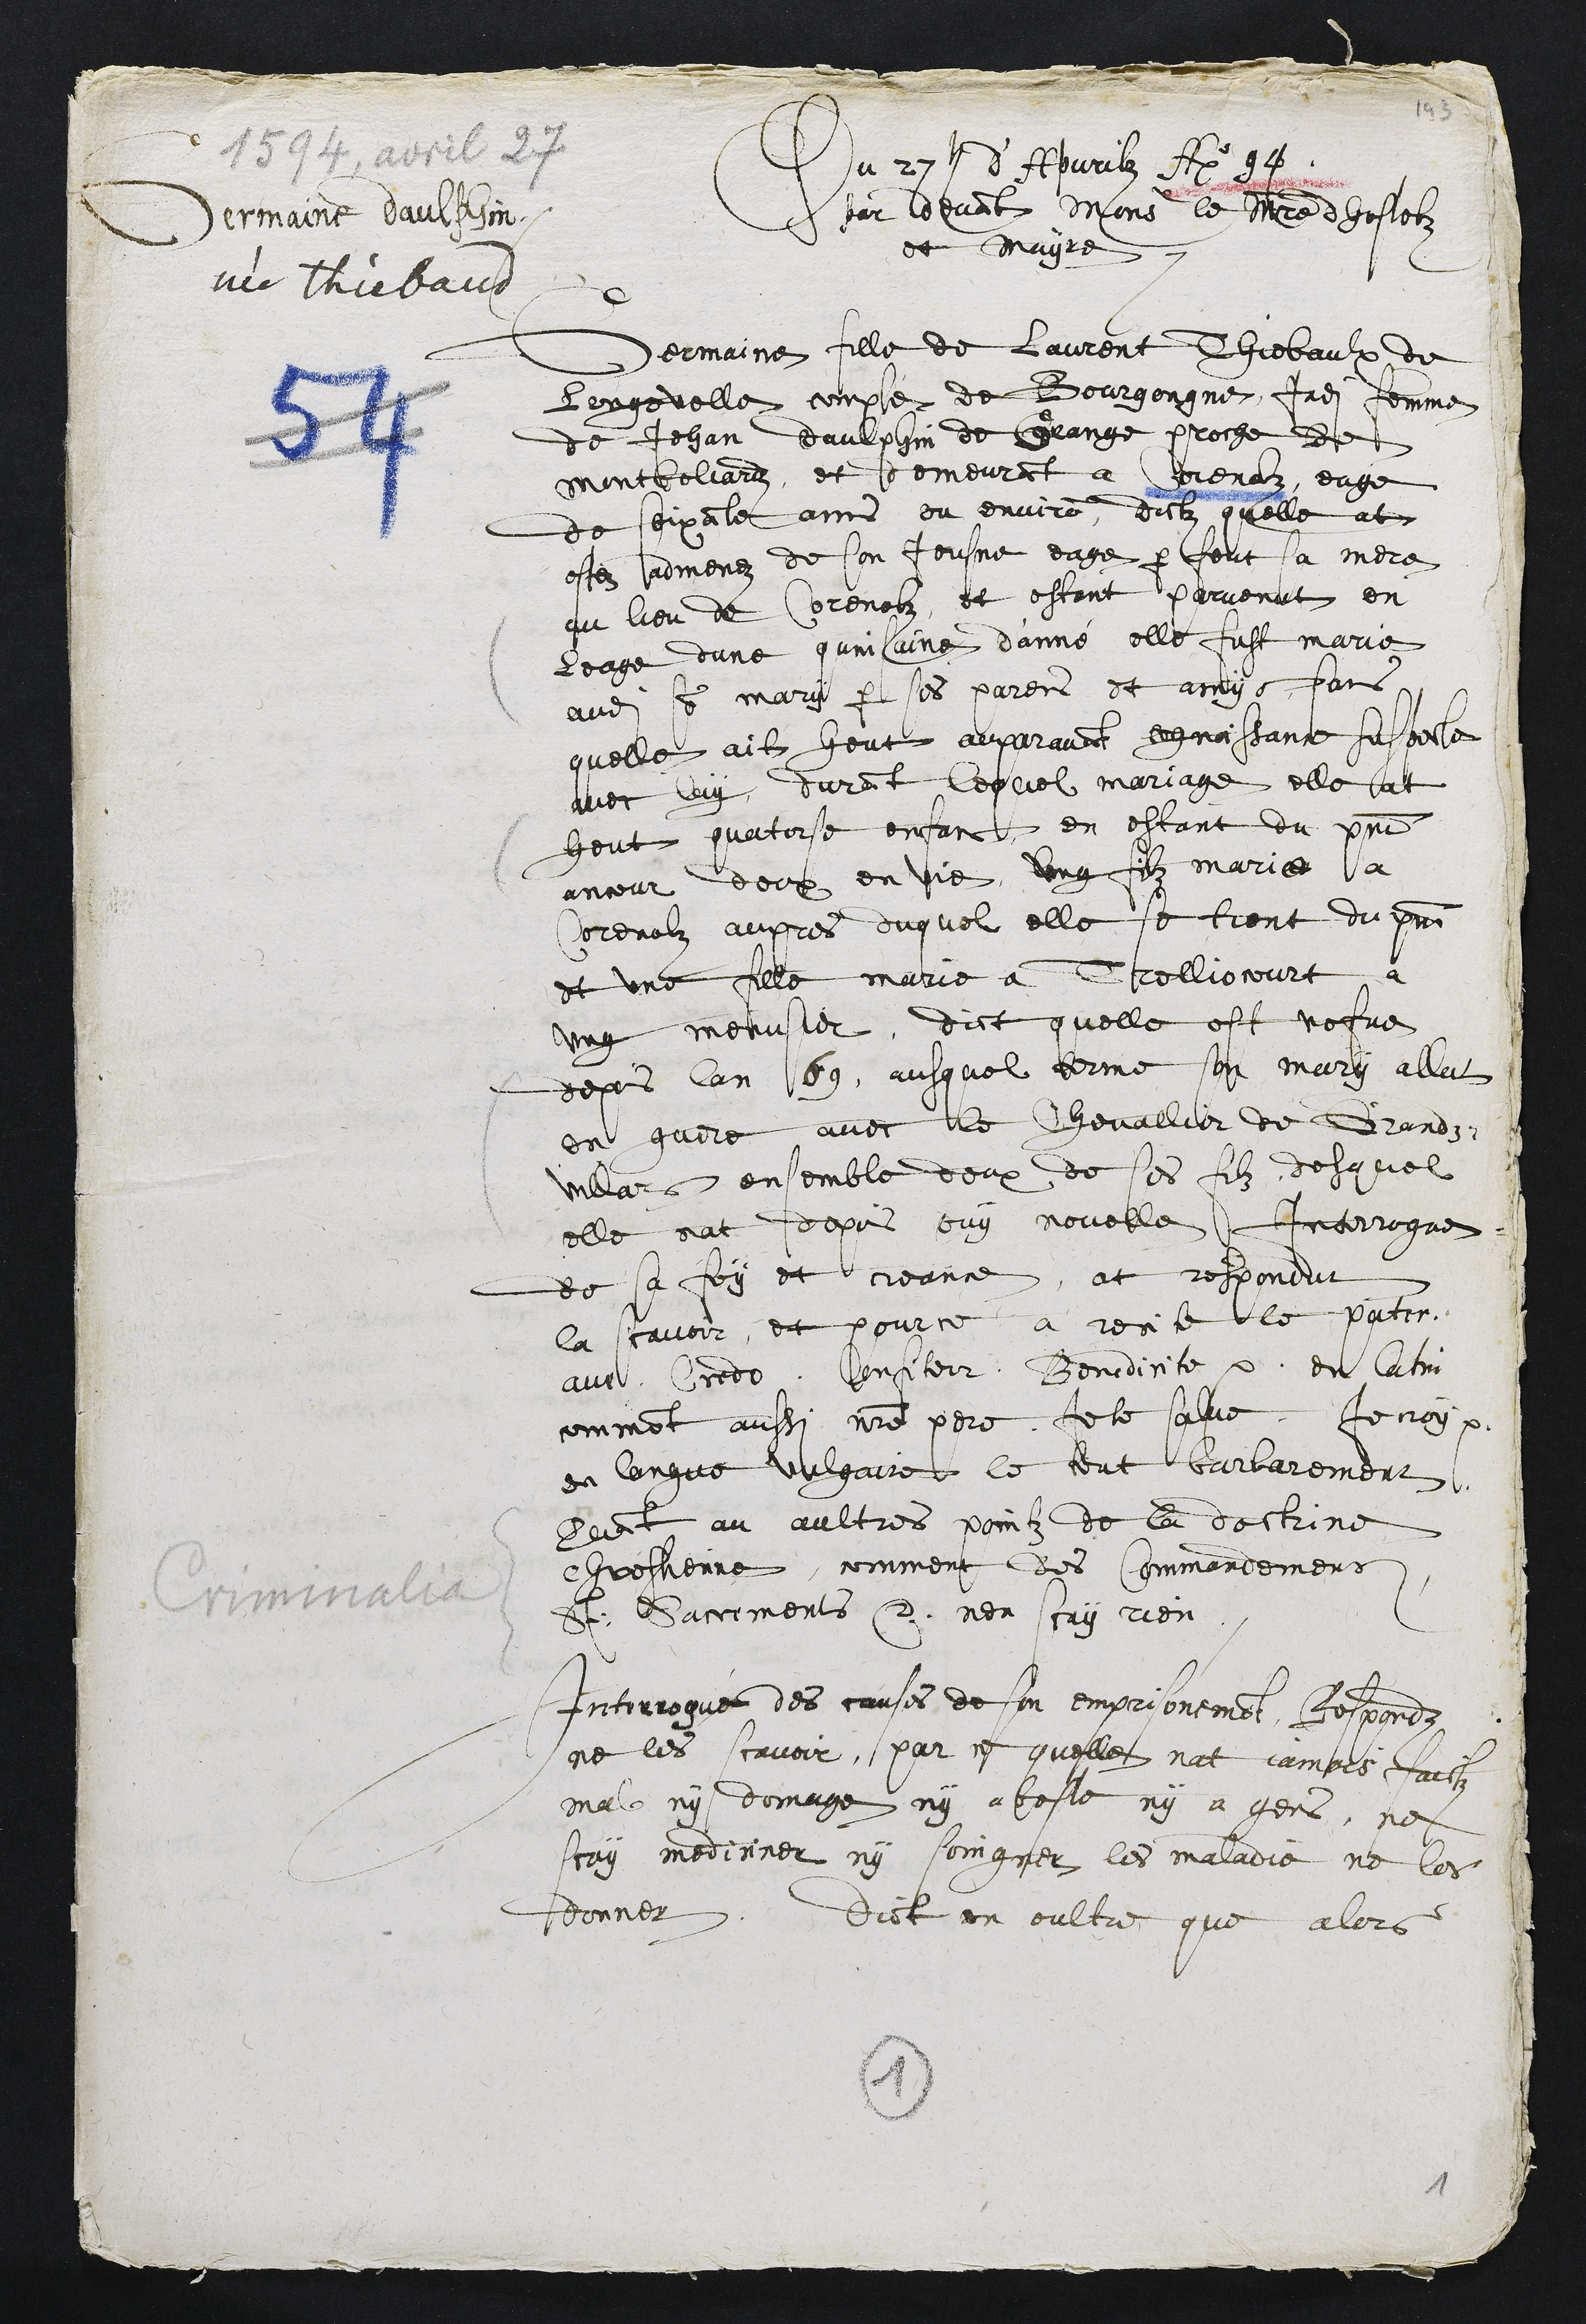
Germaine daulphin
née Thiebaud
Du 27. d'Apvrilz Ao 94.
par devant Monsr le maistre dhostelz
et mayre.
Germaine fille de Laurent Thiebaulx de
Longevelle compté de Bourgongne, jadi femme
de Jehan daulphin de Grange proche de
Montbeliardz, et demeurant a Corenolz, eage
de soixante ans ou environ, dictz quelle at
estez admenez de son Jousne eage par feut sa mere
ou lieu de Corenolz, et estant parvenut en
leage dune quinsaine d'anné elle fust marie
audit son mary par ses parens et amys fans
quelle ait heut auparavant cognoissance suspecte
avec luy, durant lequel mariage elle at
heut quatorse enfans en estant du present
ancour deux en vie, ung filz marie a
Corenolz aupres duquel elle se tient du present
et une fille marie a Trellioncourt a
ung menusier, dict quelle est vefve
depuis lan 69, ausquel terme son mary allat
en guere avec le Chevallier de Grands¬
villars ensemble deux de ses filz, desquel
elle nat depuis ouy novelle Interrogue
de sa foy et creance, at respondut
la scavoir, et pour ce a recite le pater,
ave, Credo, Confiteor, Benedicite en latin
comment aussi notre pere, Je te salue, Je croy
en langue vulgaire le tout barbarement
Quant au aultres pointz de le doctrine
chrestienne, comment des Commandemens
St. Sacrements etc. nen scay rien.
Interrogué des causes de son emprisonement, Respondz
ne les scavoir, par ce quelle nat jamais faictz
mal ny domage ny a beste ny a gens, ne
scay mediciner ny soingner les maladie ne les
donner, dict en oultre que alors

1
1